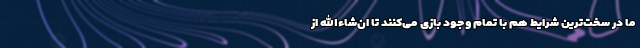
ما در سخت‌ترین شرایط هم با تمام وجود بازی می‌کنند تا ان‌شاءالله از